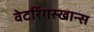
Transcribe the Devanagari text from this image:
वेटरिंगस्खान्स